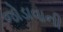
જોડાવાની